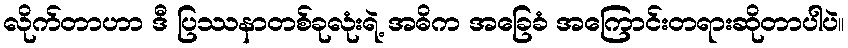
လိုက်တာဟာ ဒီ ပြဿနာတစ်ခုလုံးရဲ့ အဓိက အခြေခံ အကြောင်းတရားဆိုတာပါပဲ။